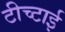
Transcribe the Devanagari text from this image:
टीच्टाई